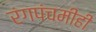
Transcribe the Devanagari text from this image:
रंगपंचमीही